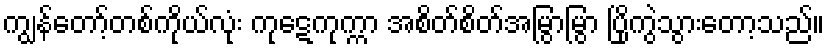
ကျွန်တော့်တစ်ကိုယ်လုံး ကုဋေကုက္ကာ အစိတ်စိတ်အမြွာမြွာ ပြိုကွဲသွားတော့သည်။